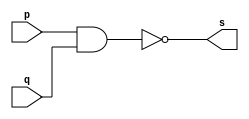
//------------------------------
// Guia_02 - OR
// Guilherme Lucindo dos Santos
// 380766
//------------------------------

//------------
//--porta nand
//------------

module portanand (s, p, q);

output s;
input p, q;

assign s = ~(p & q);

endmodule // portanand

//--------------------
//-- porta or com nand
//--------------------

module portaor (s0, p, q);

output s0;
wire s1, s2;
input p, q;

portanand NAND1 (s1, p, p);
portanand NAND2 (s2, b, b);
portanand NAND3 (s0, s1, s2);

endmodule //portaor

//------------
//-- teste
//------------

module  testeportaor;

reg a, b;
wire s;

portaor OR1 (s, a, b);

initial begin:start
     a=0; b=0;
	  
end

initial begin:main
	$display("Guia 02 - Guilherme Lucindo - 380766");
	$display("teste porta OR");
	$display("\n s = ~(~a & ~b)\n");
	$monitor("%b = ~(~%a & ~%b)");
 #1   a=0; b=1;
 #1   a=1; b=0;
 #1   a=1; b=1;
 
 end 
 
 endmodule